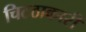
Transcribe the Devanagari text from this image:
चिटठाकारी